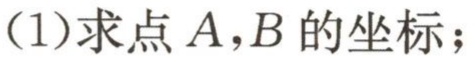
(1)求点\(A,B\)的坐标；